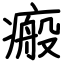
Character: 瘢